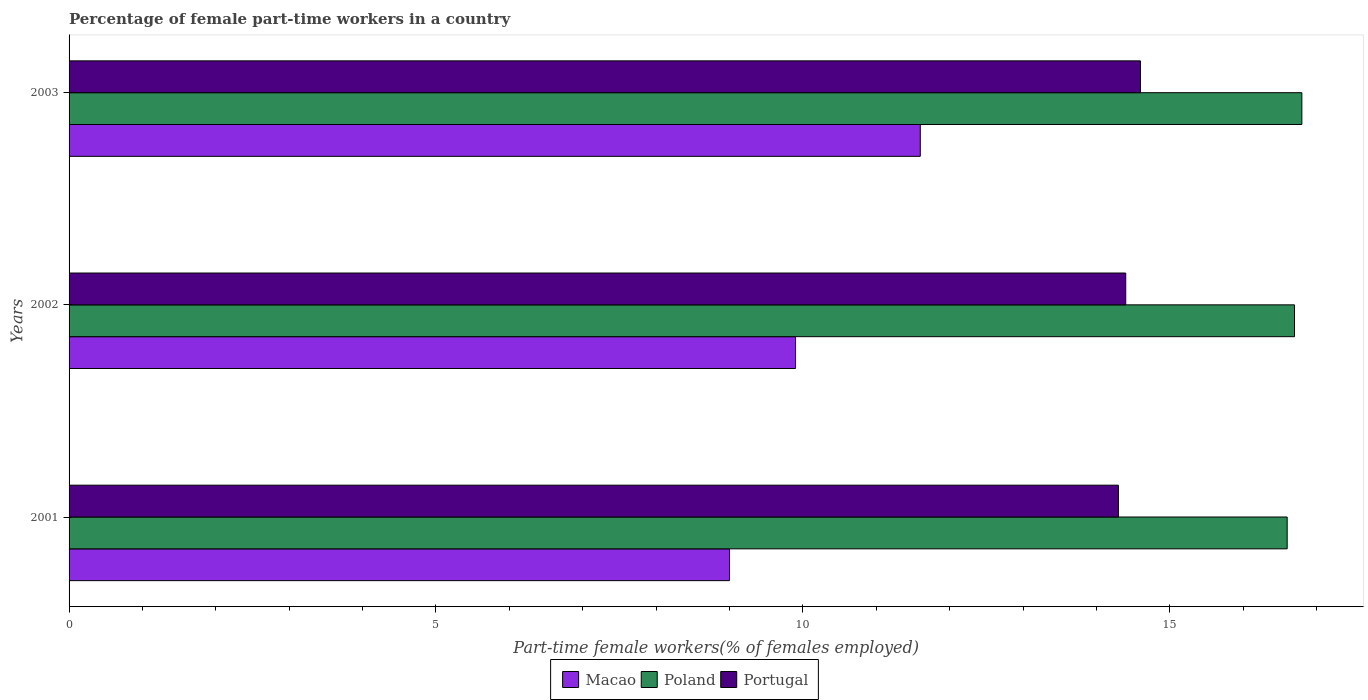
| Years | Macao | Poland | Portugal |
 | --- | --- | --- | --- |
 | 2001 | 9 | 16.6 | 14.3 |
 | 2002 | 9.9 | 16.7 | 14.4 |
 | 2003 | 11.6 | 16.8 | 14.6 |